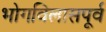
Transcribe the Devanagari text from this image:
भोगविलासपूर्व